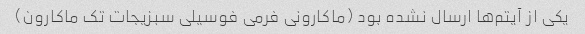
یکی از آیتم‌ها ارسال نشده بود (ماکارونی فرمی فوسیلی سبزیجات تک ماکارون)